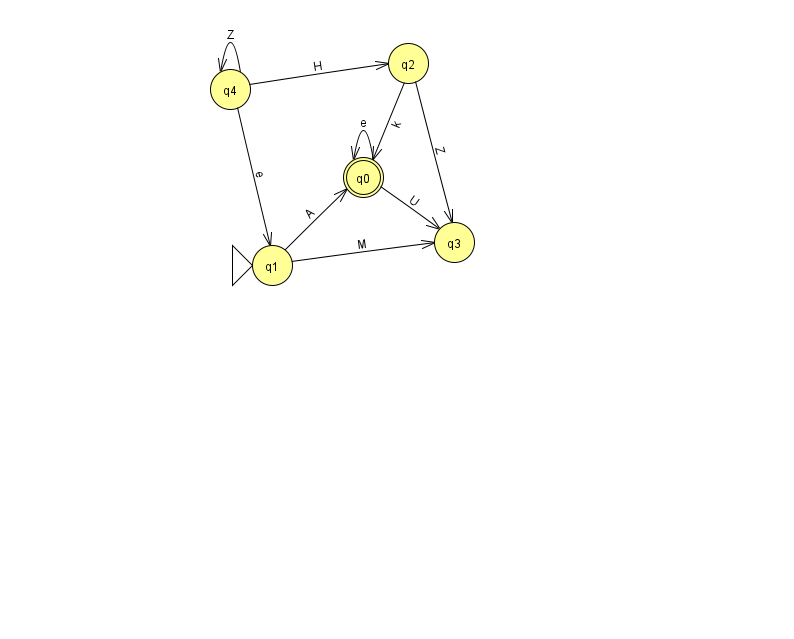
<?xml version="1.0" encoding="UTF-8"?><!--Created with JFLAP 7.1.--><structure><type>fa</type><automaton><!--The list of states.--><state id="0" name="q0"><x>363.0</x><y>164.0</y><final/></state><state id="1" name="q1"><x>272.0</x><y>252.0</y><initial/></state><state id="2" name="q2"><x>408.0</x><y>50.0</y></state><state id="3" name="q3"><x>454.0</x><y>229.0</y></state><state id="4" name="q4"><x>230.0</x><y>76.0</y></state><!--The list of transitions.--><transition><from>1</from><to>3</to><read>M</read></transition><transition><from>0</from><to>0</to><read>e</read></transition><transition><from>0</from><to>3</to><read>U</read></transition><transition><from>2</from><to>0</to><read>k</read></transition><transition><from>2</from><to>3</to><read>Z</read></transition><transition><from>4</from><to>1</to><read>e</read></transition><transition><from>4</from><to>2</to><read>H</read></transition><transition><from>4</from><to>4</to><read>Z</read></transition><transition><from>1</from><to>0</to><read>A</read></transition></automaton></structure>